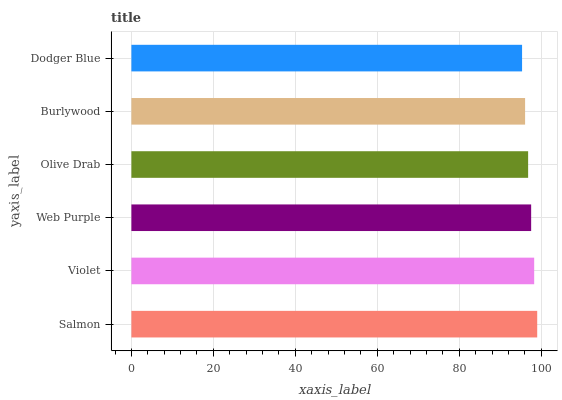
| yaxis_label | bars |
 | --- | --- |
 | Salmon | 99 |
 | Violet | 98.3 |
 | Web Purple | 97.5 |
 | Olive Drab | 96.8 |
 | Burlywood | 96 |
 | Dodger Blue | 95.3 |